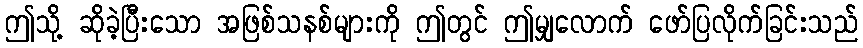
ဤသို့ ဆိုခဲ့ပြီးသော အဖြစ်သနစ်များကို ဤတွင် ဤမျှလောက် ဖော်ပြလိုက်ခြင်းသည်